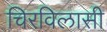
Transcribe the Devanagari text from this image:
चिरविलासी